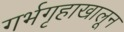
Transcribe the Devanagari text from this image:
गर्भगृहाखालून